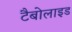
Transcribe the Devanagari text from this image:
टैबोलाइड